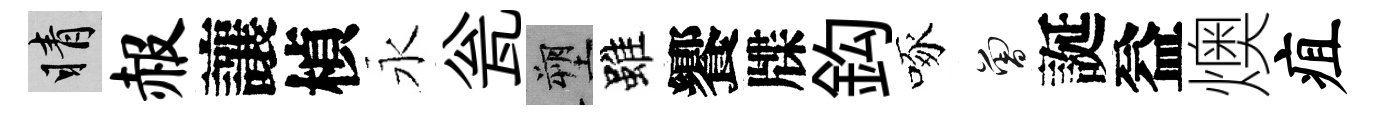
睛赧讓楨永瓮塑雖饗牒鈎啄曾誕益燠疽